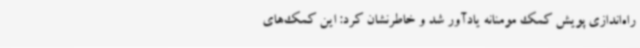
راه‌اندازی پویش کمک مومنانه یادآور شد و خاطرنشان کرد: این کمک‌های